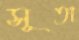
সূতা